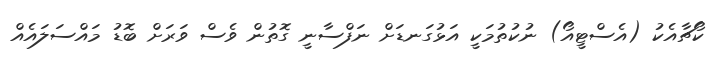
ކޯޗާއެކު (އެސްޓީއޯ) ނުކުތުމަކީ އަޅުގަނޑަށް ނަފްސާނީ ގޮތުން ވެސް ވަރަށް ބޮޑު މައްސަލައެއް